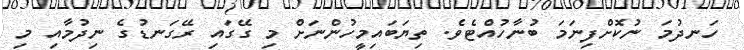
ހަނދުމަ ނުކޮށްފިނަމަ ބުނާހުއްޓެވެ. ތިޔަބައިމީހުންނަށް މި ގޭގައި ރޭގަނޑުގެ ނިދުމާއި މި